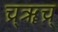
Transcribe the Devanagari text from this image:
च्र्ॠच्र्